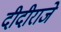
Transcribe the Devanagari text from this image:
दीदीराजे